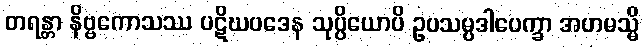
တရန္တာ နိဗ္ဗကောသဿ ပဋိဃပဒေန သုပ္ပိယောပိ ဥပသမ္ပဒါပေက္ခာ အဟမသ္မိ